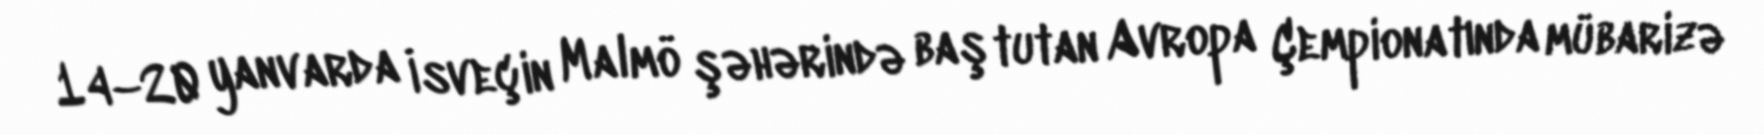
14–20 yanvarda İsveçin Malmö şəhərində baş tutan Avropa Çempionatında mübarizə